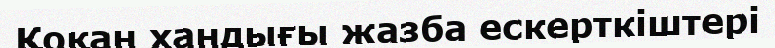
Қоқан хандығы жазба ескерткіштері